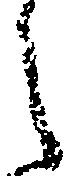
之